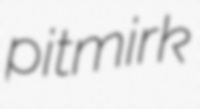
pitmirk